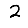
Digit: 2